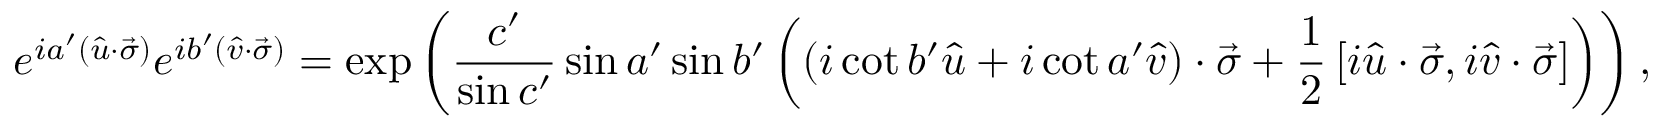
e ^ { i a ^ { \prime } \left( { \hat { u } } \cdot { \vec { \sigma } } \right) } e ^ { i b ^ { \prime } \left( { \hat { v } } \cdot { \vec { \sigma } } \right) } = \exp \left( { \frac { c ^ { \prime } } { \sin c ^ { \prime } } } \sin a ^ { \prime } \sin b ^ { \prime } \left( \left( i \cot b ^ { \prime } { \hat { u } } + i \cot a ^ { \prime } { \hat { v } } \right) \cdot { \vec { \sigma } } + { \frac { 1 } { 2 } } \left[ i { \hat { u } } \cdot { \vec { \sigma } } , i { \hat { v } } \cdot { \vec { \sigma } } \right] \right) \right) ,